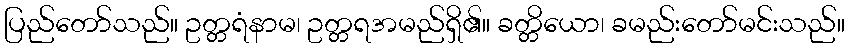
ပြည်တော်သည်။ ဥတ္တရံနာမ၊ ဥတ္တရအမည်ရှိ၏။ ခတ္တိယော၊ ခမည်းတော်မင်းသည်။